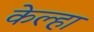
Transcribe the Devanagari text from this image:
केल्हा